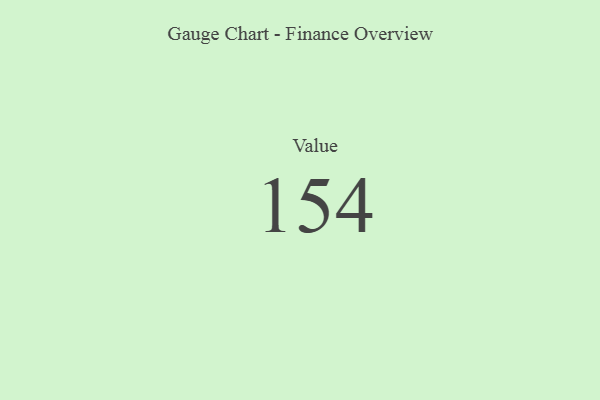
{"axis": {"x": "Metric", "y": "Value"}, "legend": [""], "data": [{"x": "Value", "y": 154, "type": ""}]}